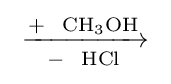
{{}\mathrel {\xrightarrow[{{}-{}{\text{ }}~\mathrm {HCl} }]{{\text{+ }}~\mathrm {CH} {\vphantom {A}}_{\smash[{t}]{3}}\mathrm {OH} }} {}}